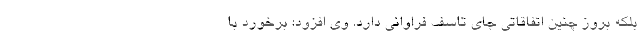
بلکه بروز چنین اتفاقاتی جای تاسف فراوانی دارد. وی افزود: برخورد با